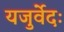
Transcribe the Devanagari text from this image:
यजुर्वेदः